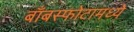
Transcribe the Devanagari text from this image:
बाँबस्फोटामध्ये